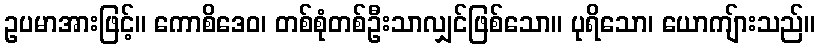
ဥပမာအားဖြင့်။ ကောစိဒေဝ၊ တစ်စုံတစ်ဦးသာလျှင်ဖြစ်သော။ ပုရိသော၊ ယောကျ်ားသည်။